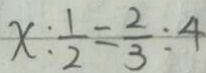
x : \frac { 1 } { 2 } = \frac { 2 } { 3 } : 4